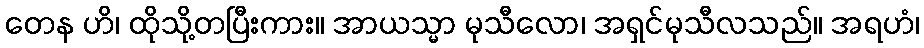
တေန ဟိ၊ ထိုသို့တပြီးကား။ အာယသ္မာ မုသီလော၊ အရှင်မုသီလသည်။ အရဟံ၊